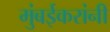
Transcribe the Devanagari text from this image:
मुंबईकरांनी